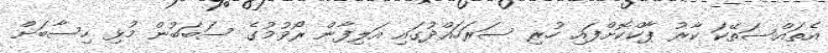
އެތައްސަތޭކަ ކާރު ޕާކްކޮށްފައި ހުރި ސަރަހައްދުގައި އަލިފާން ރޯވުމުގެ ސަބަބުން މުޅި ހިސާބަށް